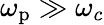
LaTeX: \omega_{\mathrm{p}}\gg\omega_{c}